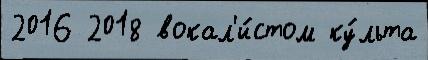
2016 2018 вокал'и́стом ку́льта